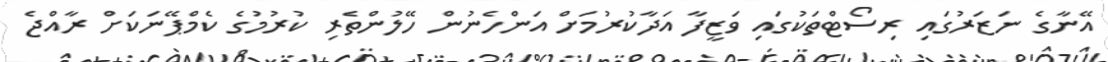
އޭނާގެ ނަޒަރުގައި ރިސޯޓްތަކުގައި ވަޒީފާ އަދާކުރުމަށް އަންހެނުން ހޭލުންތެރި ކުރުމުގެ ކެމްޕޭނަކަށް ރާއްޖެ